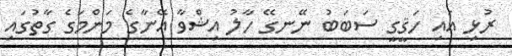
ރުޅި އައި ހަޤީގީ ސަބަބު ނޭނގޭ ހާލު އިޝްވާ އޭނާގެ މަންމަގެ ގާތުގައި